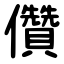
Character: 儹